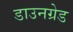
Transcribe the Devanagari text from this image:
डाउनग्रेड